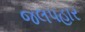
જલપહાર